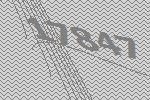
17847